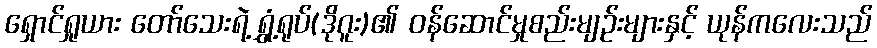
ရှောင်ရှုယား တော်သေးရဲ့ ရွှံ့ရုပ်(ဒိုဂူး)၏ ဝန်ဆောင်မှုစည်းမျဉ်းများနှင့် ယုန်ကလေးသည်